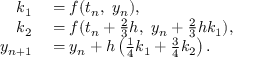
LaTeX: \begin{array} { r l } { k _ { 1 } } & { { } = f ( t _ { n } , \ y _ { n } ) , } \\ { k _ { 2 } } & { { } = f ( t _ { n } + { \frac { 2 } { 3 } } h , \ y _ { n } + { \frac { 2 } { 3 } } h k _ { 1 } ) , } \\ { y _ { n + 1 } } & { { } = y _ { n } + h \left( { \frac { 1 } { 4 } } k _ { 1 } + { \frac { 3 } { 4 } } k _ { 2 } \right) . } \end{array}